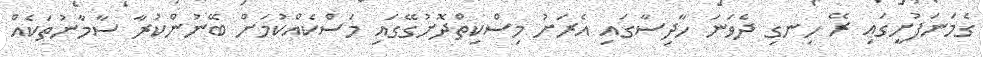
ގެމަނަފުށީގައި ރޭ ހިނގި ދެވަނަ ހާދިސާގައި އެރަށު މިސްކިތްދޮށުގޭގައި މަސްކެއްކުމަށް ބޭނުންކުރާ ސާމާނުތަކެއް